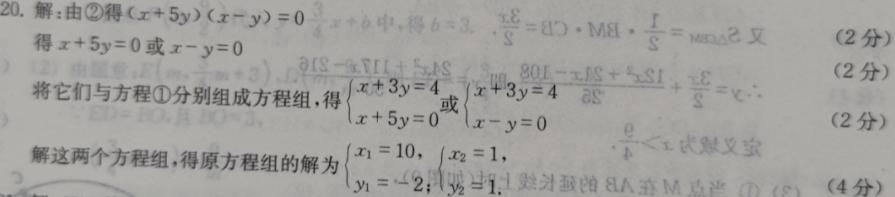
20. 解: 由\textcircled{2}得\((x + 5y)(x - y)=0\)
得\(x + 5y = 0\)或\(x - y = 0\)
将它们与方程\textcircled{1}分别组成方程组, 得\(\begin{cases}x + 3y = 4\\x + 5y = 0\end{cases}\)或\(\begin{cases}x + 3y = 4\\x - y = 0\end{cases}\)
解这两个方程组, 得原方程组的解为\(\begin{cases}x_1 = 10\\y_1=-2\end{cases}\), \(\begin{cases}x_2 = 1\\y_2 = 1\end{cases}\)